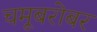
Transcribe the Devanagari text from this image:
चमूबरोबर